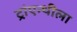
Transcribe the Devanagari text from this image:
ट्रांएन्थीला